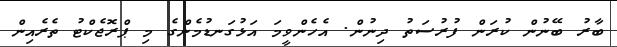
ބާރު ބޭނުން ކުރަން ފުރުސަތު ދިނުން. އެހެންވީމަ އަޅުގަނޑުމެންގެ މި ޕްރޮޖެކްޓު ތެރެއިން